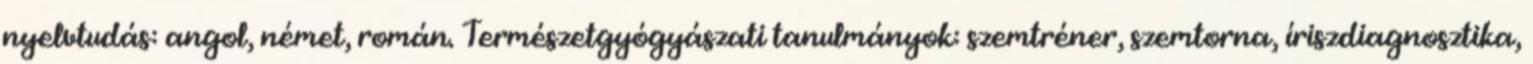
nyelvtudás: angol, német, román. Természetgyógyászati tanulmányok: szemtréner, szemtorna, íriszdiagnosztika,